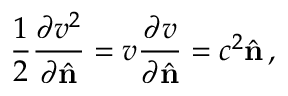
\frac { 1 } { 2 } \frac { \partial v ^ { 2 } } { \partial \hat { \bf n } } = v \frac { \partial v } { \partial \hat { \bf n } } = c ^ { 2 } \hat { \bf n } \, ,